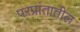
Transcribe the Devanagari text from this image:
परप्रांतातील